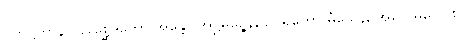
ပတိဋ္ဌိတာနိ။ ပရိစ္ဆေဒတော အန္တော အဋ္ဌိမိဉ္ဇေန, ဥပရိတော မံသေန, အဂ္ဂေ မူလေ စ